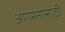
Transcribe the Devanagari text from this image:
आगमनासाठी